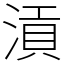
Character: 𣹟